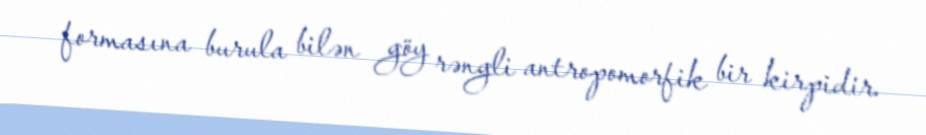
formasına burula bilən göy rəngli antropomorfik bir kirpidir.